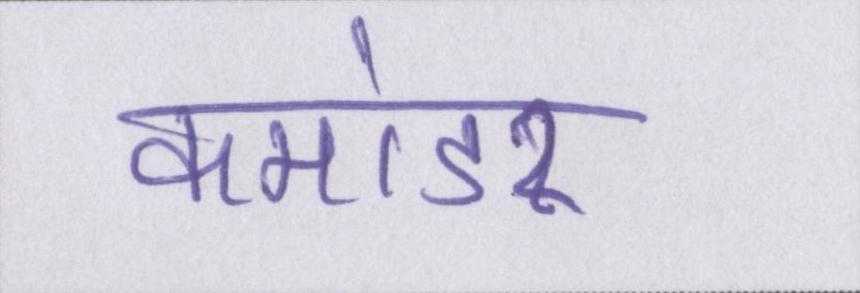
कमांडर